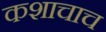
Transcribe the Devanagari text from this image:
कशाचाच